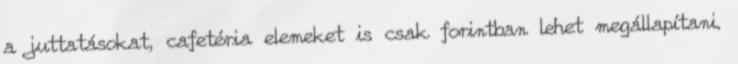
a juttatásokat, cafetéria elemeket is csak forintban lehet megállapítani.